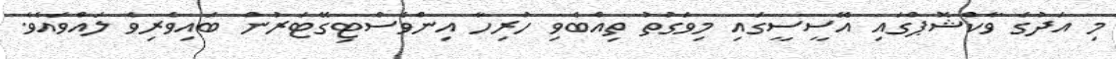
މި އަދުގެ ވާކްޝޮޕްގައި އޭސީސީގައި މިވަގުތު ތިއްބެވި ހުރިހާ އިންވެސްޓިގޭޓަރުން ބައިވެރިވެ ލައްވައެވެ.